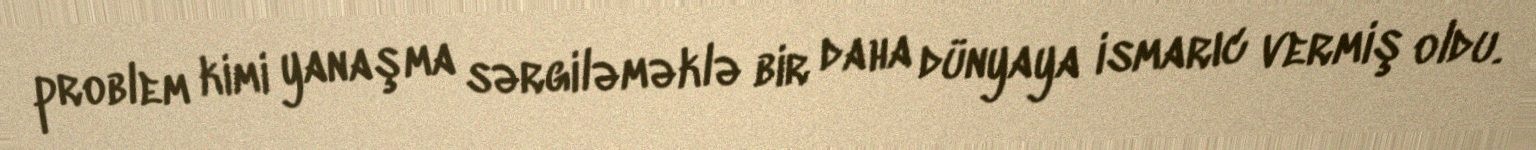
problem kimi yanaşma sərgiləməklə bir daha dünyaya ismarıc vermiş oldu.